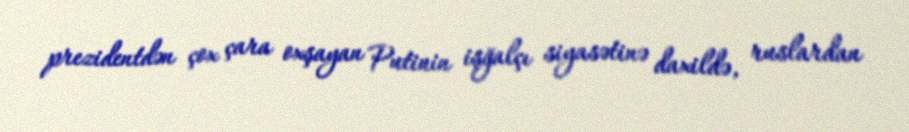
prezidentdən çox çara oxşayan Putinin işğalçı siyasətinə daxildə, ruslardan